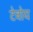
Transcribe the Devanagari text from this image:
टेवोय